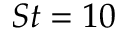
S t = 1 0